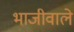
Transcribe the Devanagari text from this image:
भाजीवाले